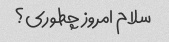
سلام امروز چطوری؟